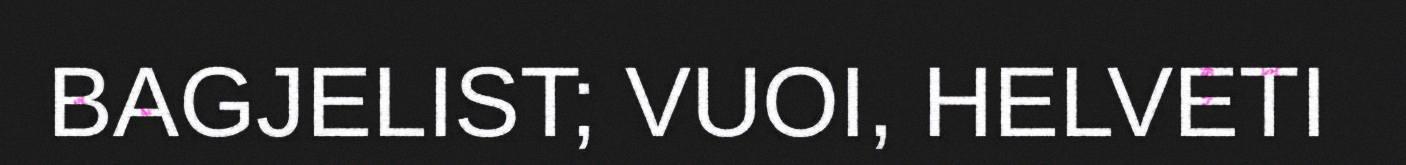
BAGJELIST; VUOI, HELVETI